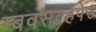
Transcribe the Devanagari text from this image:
म्बवसवहपेउ